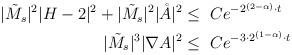
LaTeX: \begin{align*}\begin{aligned} |\tilde{M}_s|^2|H-2|^2+|\tilde{M}_s|^2|\mathring{A}|^2\leq~&Ce^{-2^{(2-\alpha)}\cdot t}\\ |\tilde{M}_s|^3|\nabla A|^2 \leq~&Ce^{-3\cdot 2^{(1-\alpha)}\cdot t}\end{aligned}\end{align*}